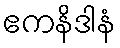
ဧကနိဒါနံ